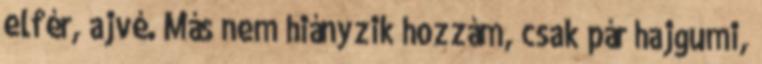
elfér, ajvé. Más nem hiányzik hozzám, csak pár hajgumi,